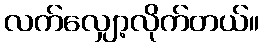
လက်လျှော့လိုက်တယ်။